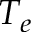
T _ { e }